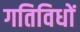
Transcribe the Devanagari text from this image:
गतिविधों